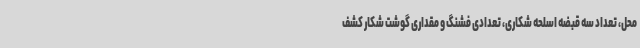
محل، تعداد سه قبضه اسلحه شکاری، تعدادی فشنگ و مقداری گوشت شکار کشف